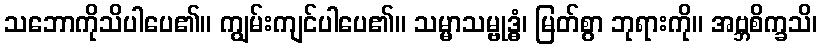
သဘောကိုသိပါပေ၏။ ကျွမ်းကျင်ပါပေ၏။ သမ္မာသမ္ဗုဒ္ဓံ၊ မြတ်စွာ ဘုရားကို။ အဗ္ဘစိက္ခသိ၊